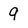
Character: 9